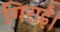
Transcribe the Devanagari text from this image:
गिराई।